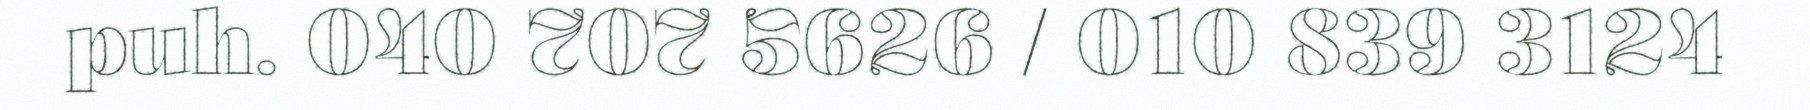
puh. 040 707 5626 / 010 839 3124